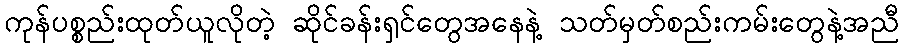
ကုန်ပစ္စည်းထုတ်ယူလိုတဲ့ ဆိုင်ခန်းရှင်တွေအနေနဲ့ သတ်မှတ်စည်းကမ်းတွေနဲ့အညီ